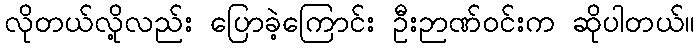
လိုတယ်လို့လည်း ပြောခဲ့ကြောင်း ဦးဉာဏ်ဝင်းက ဆိုပါတယ်။